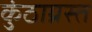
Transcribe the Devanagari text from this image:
कुंठाग्रस्त